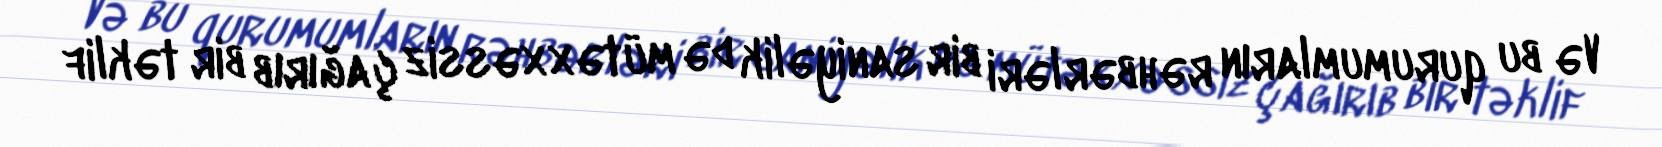
Və bu qurumumların rəhbərləri bir saniyəlik də mütəxxəssiz çağırıb bir təklif